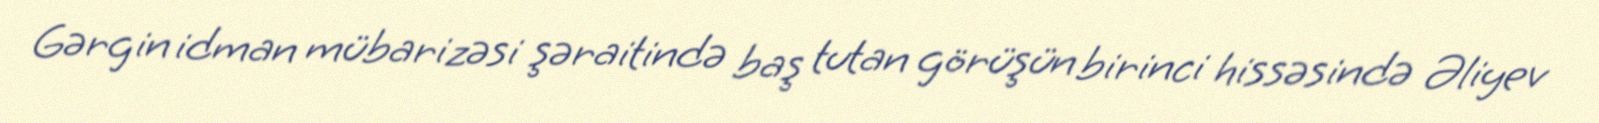
Gərgin idman mübarizəsi şəraitində baş tutan görüşün birinci hissəsində Əliyev